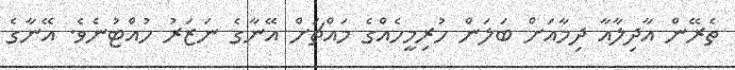
ތެރޭން އާދިލާއާ ދިމާއަށް ބަލަން ހުރިމީހެއްގެ މައްޗަށް އޭނާގެ ނަޒަރު ހުއްޓުނެވެ. އޭނާގެ